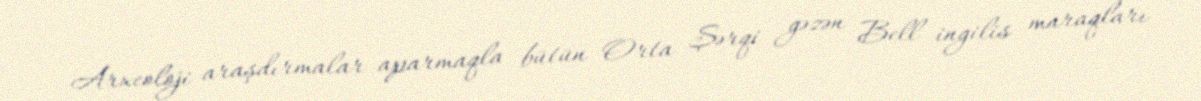
Arxeoloji araşdırmalar aparmaqla bütün Orta Şərqi gəzən Bell ingilis maraqları